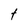
Character: t